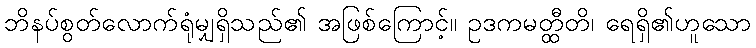
ဘိနပ်စွတ်လောက်ရုံမျှရှိသည်၏ အဖြစ်ကြောင့်။ ဥဒကမတ္ထီတိ၊ ရေရှိ၏ဟူသော